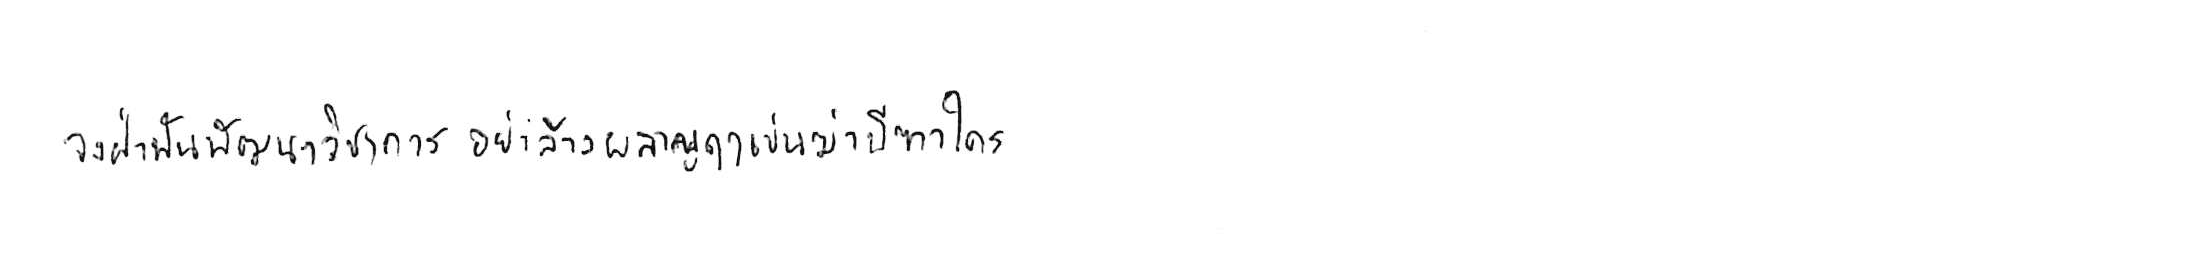
จงฝ่าฟันพัฒนาวิชาการ อย่าล้างผลาญฤๅเข่นฆ่าบีฑาใคร